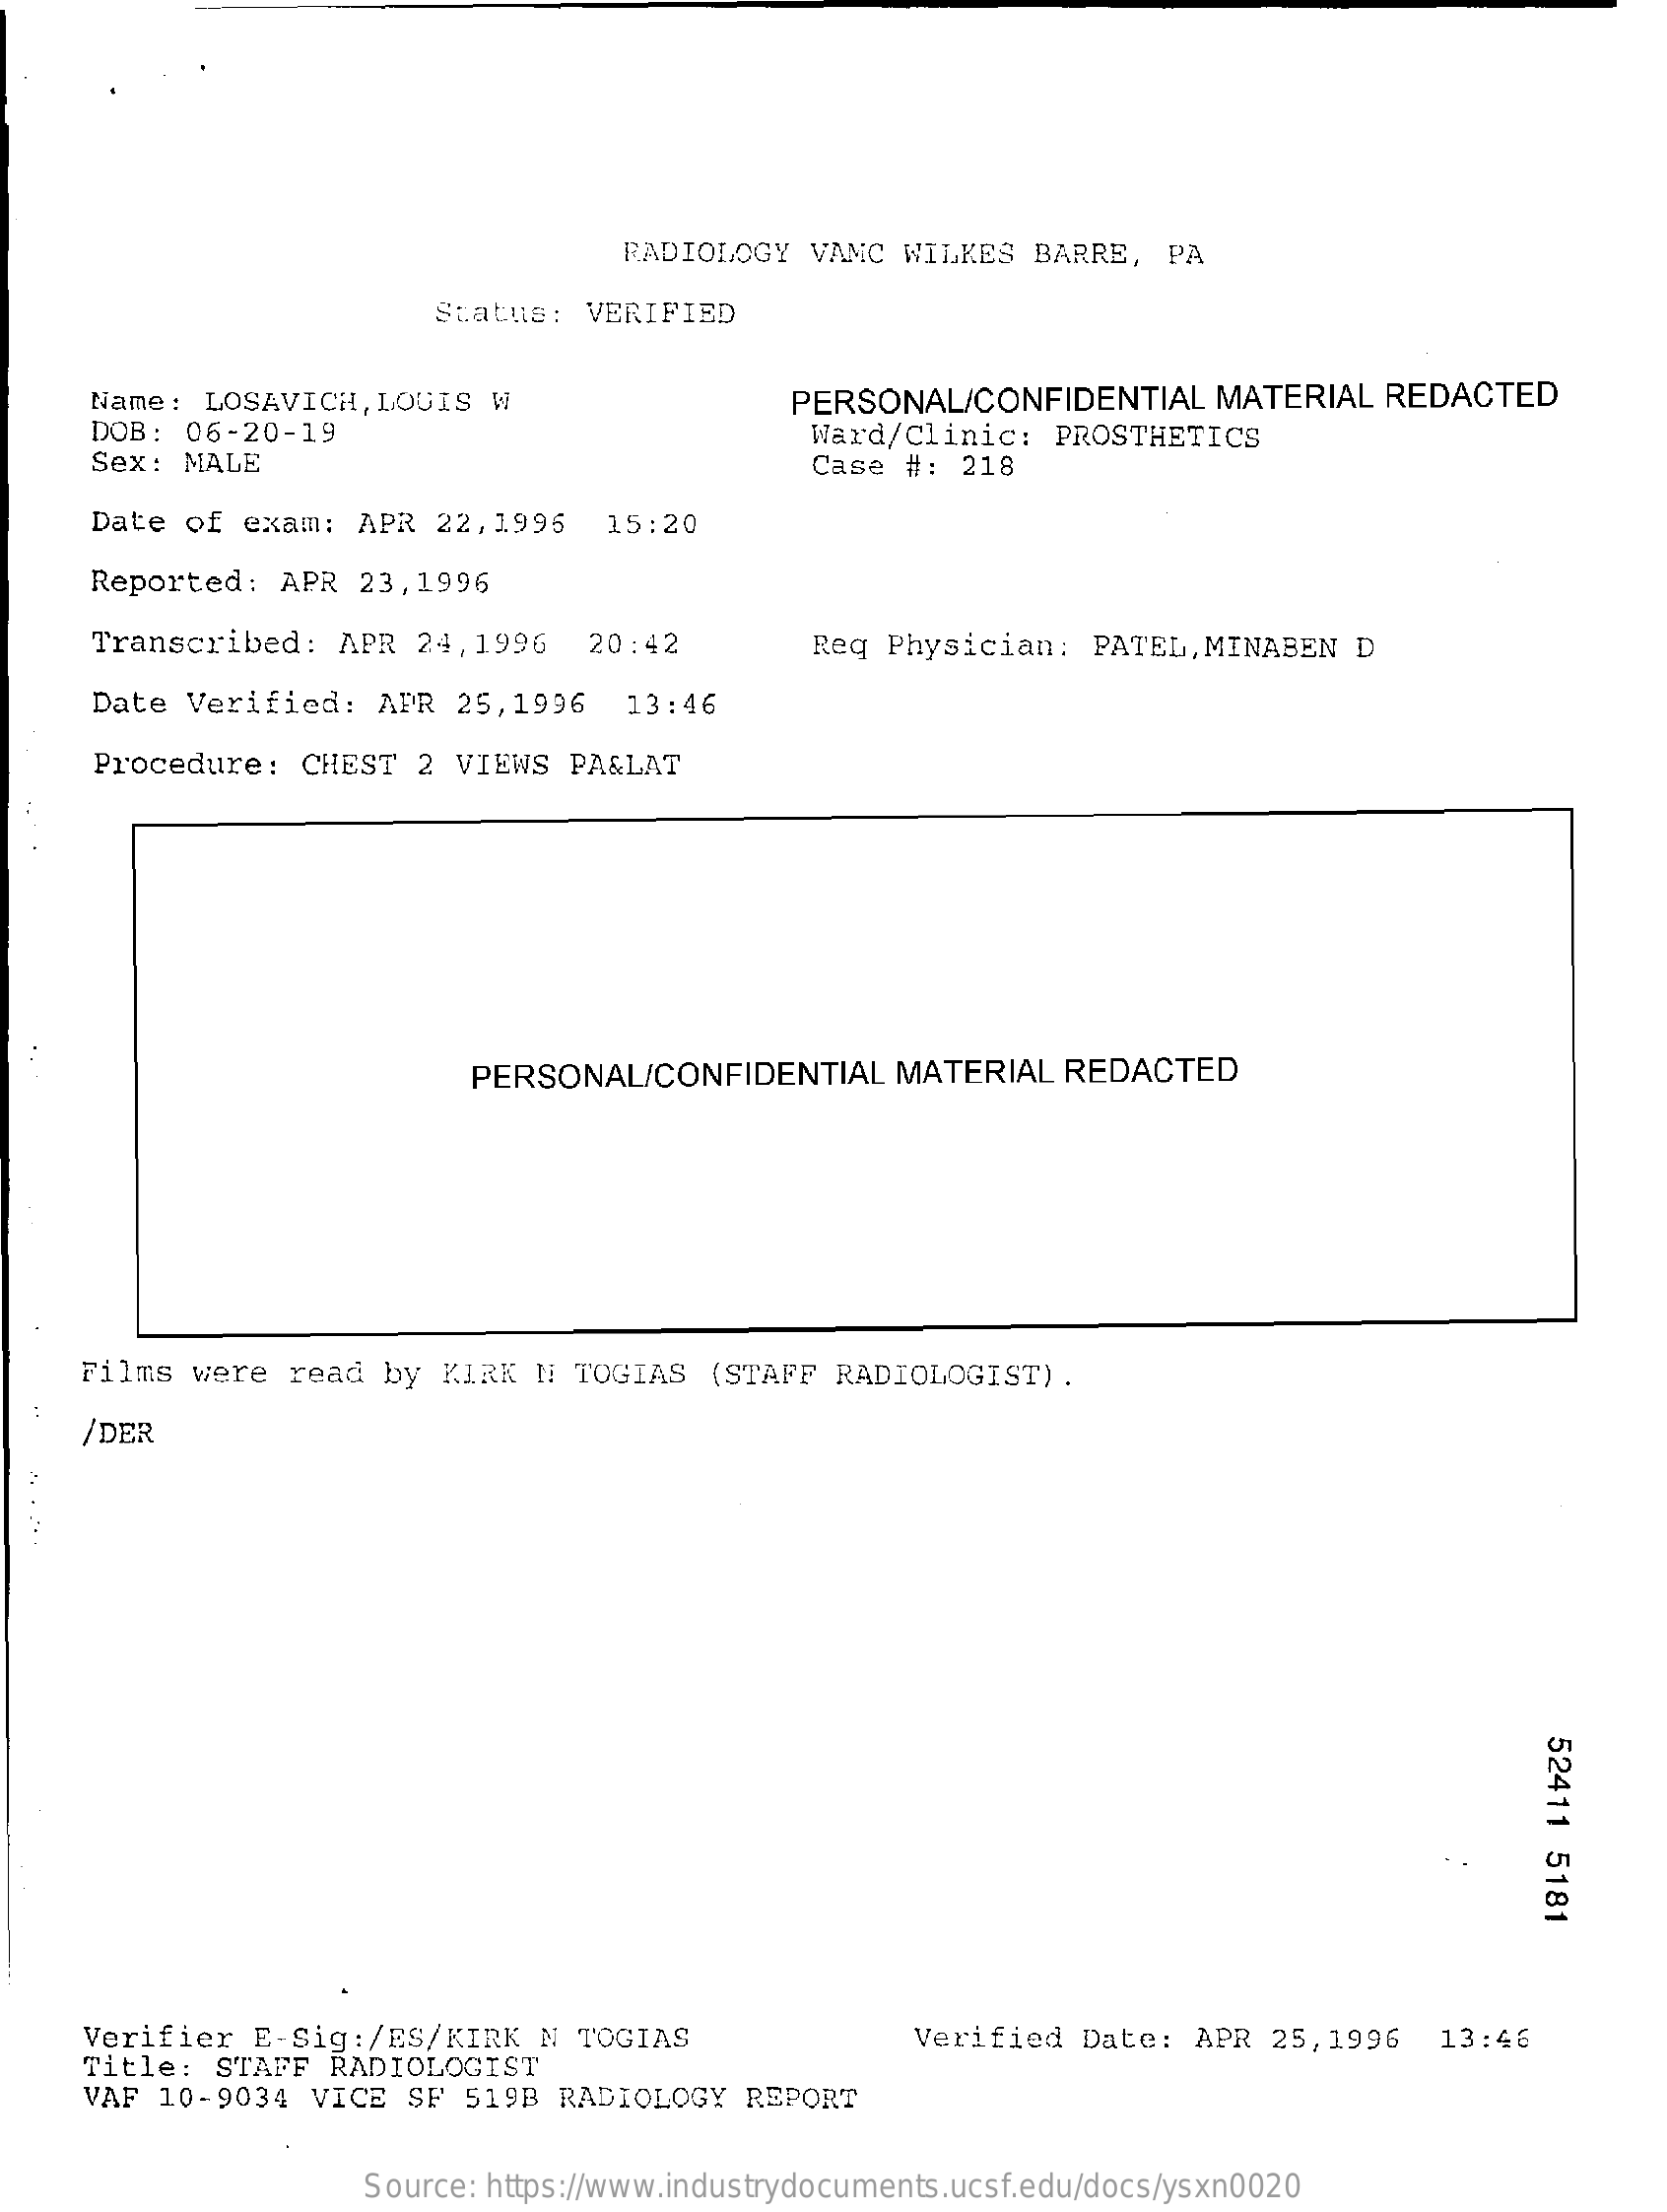
RADIOLOGY   VAMC  WILKES  BARRE,   PA
     Status:  VERIFIED
     Name:  LOSAVICH,  LOUIS  W    PERSONAL/CONFIDENTIAL    MATERIAL  REDACTED
     DOB:  06-20-19
     Sex:  MALE
     Ward/Clinic:    PROSTHETICS
     Case  #:  218
     Date  of exam:   APR  22,1996   15:20
     Reported:   APR  23,1996
     Transcribed:   APR  24, 1996   20:42    Req  Physician:   PATEL, MINABEN   D
     Date  Verified:   APR  25,1996    13:46
     Procedure:   CHEST  2  VIEWS  PA&LAT
     PERSONAL/CONFIDENTIAL    MATERIAL   REDACTED
     Films  were  read  by  KIRK  N  TOGIAS  (STAFF  RADIOLOGIST)  .
     /DER
     52411
     5181
     Verifier  E-Sig:/ES/KIRK    N  TOGIAS    Verified  Date:  APR  25,1996
     Title:  STAFF  RADIOLOGIST
     13:46
     VAF 10-9034   VICE  SF  519B RADIOLOGY   REPORT
     Source: https://www.industrydocuments.ucsf.edu/docs/ysxn0020